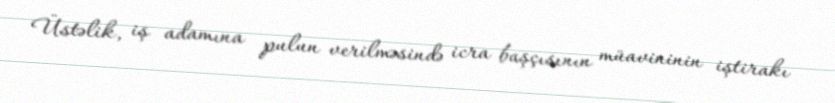
Üstəlik, iş adamına pulun verilməsində icra başçısının müavininin iştirakı